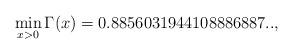
LaTeX: \begin{align*}\min_{x>0} \Gamma(x) = 0.8856031944108886887..,\end{align*}